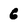
Character: 6